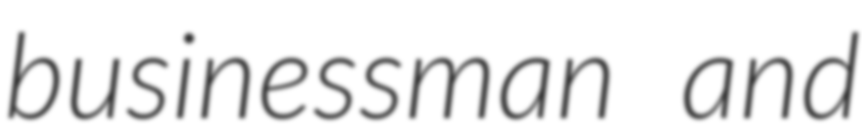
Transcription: businessman and